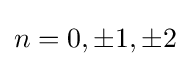
n=0,\pm 1,\pm 2